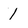
Character: 1